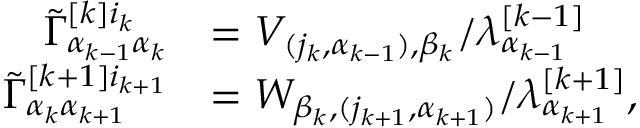
\begin{array} { r l } { \Tilde { \Gamma } _ { \alpha _ { k - 1 } \alpha _ { k } } ^ { [ k ] i _ { k } } } & { = V _ { ( j _ { k } , \alpha _ { k - 1 } ) , \beta _ { k } } / \lambda _ { \alpha _ { k - 1 } } ^ { [ k - 1 ] } } \\ { \Tilde { \Gamma } _ { \alpha _ { k } \alpha _ { k + 1 } } ^ { [ k + 1 ] i _ { k + 1 } } } & { = W _ { \beta _ { k } , ( j _ { k + 1 } , \alpha _ { k + 1 } ) } / \lambda _ { \alpha _ { k + 1 } } ^ { [ k + 1 ] } , } \end{array}